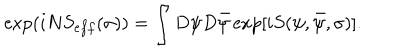
\exp ( i N S _ { e f f } ( \sigma ) ) = \int D \psi D \bar { \psi } \exp [ i S ( \psi , \bar { \psi } , \sigma ) ] .